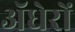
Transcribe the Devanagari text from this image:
ॲधेरों